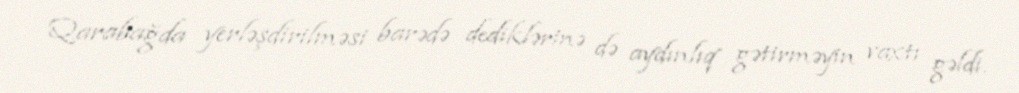
Qarabağda yerləşdirilməsi barədə dediklərinə də aydınlıq gətirməyin vaxtı gəldi.